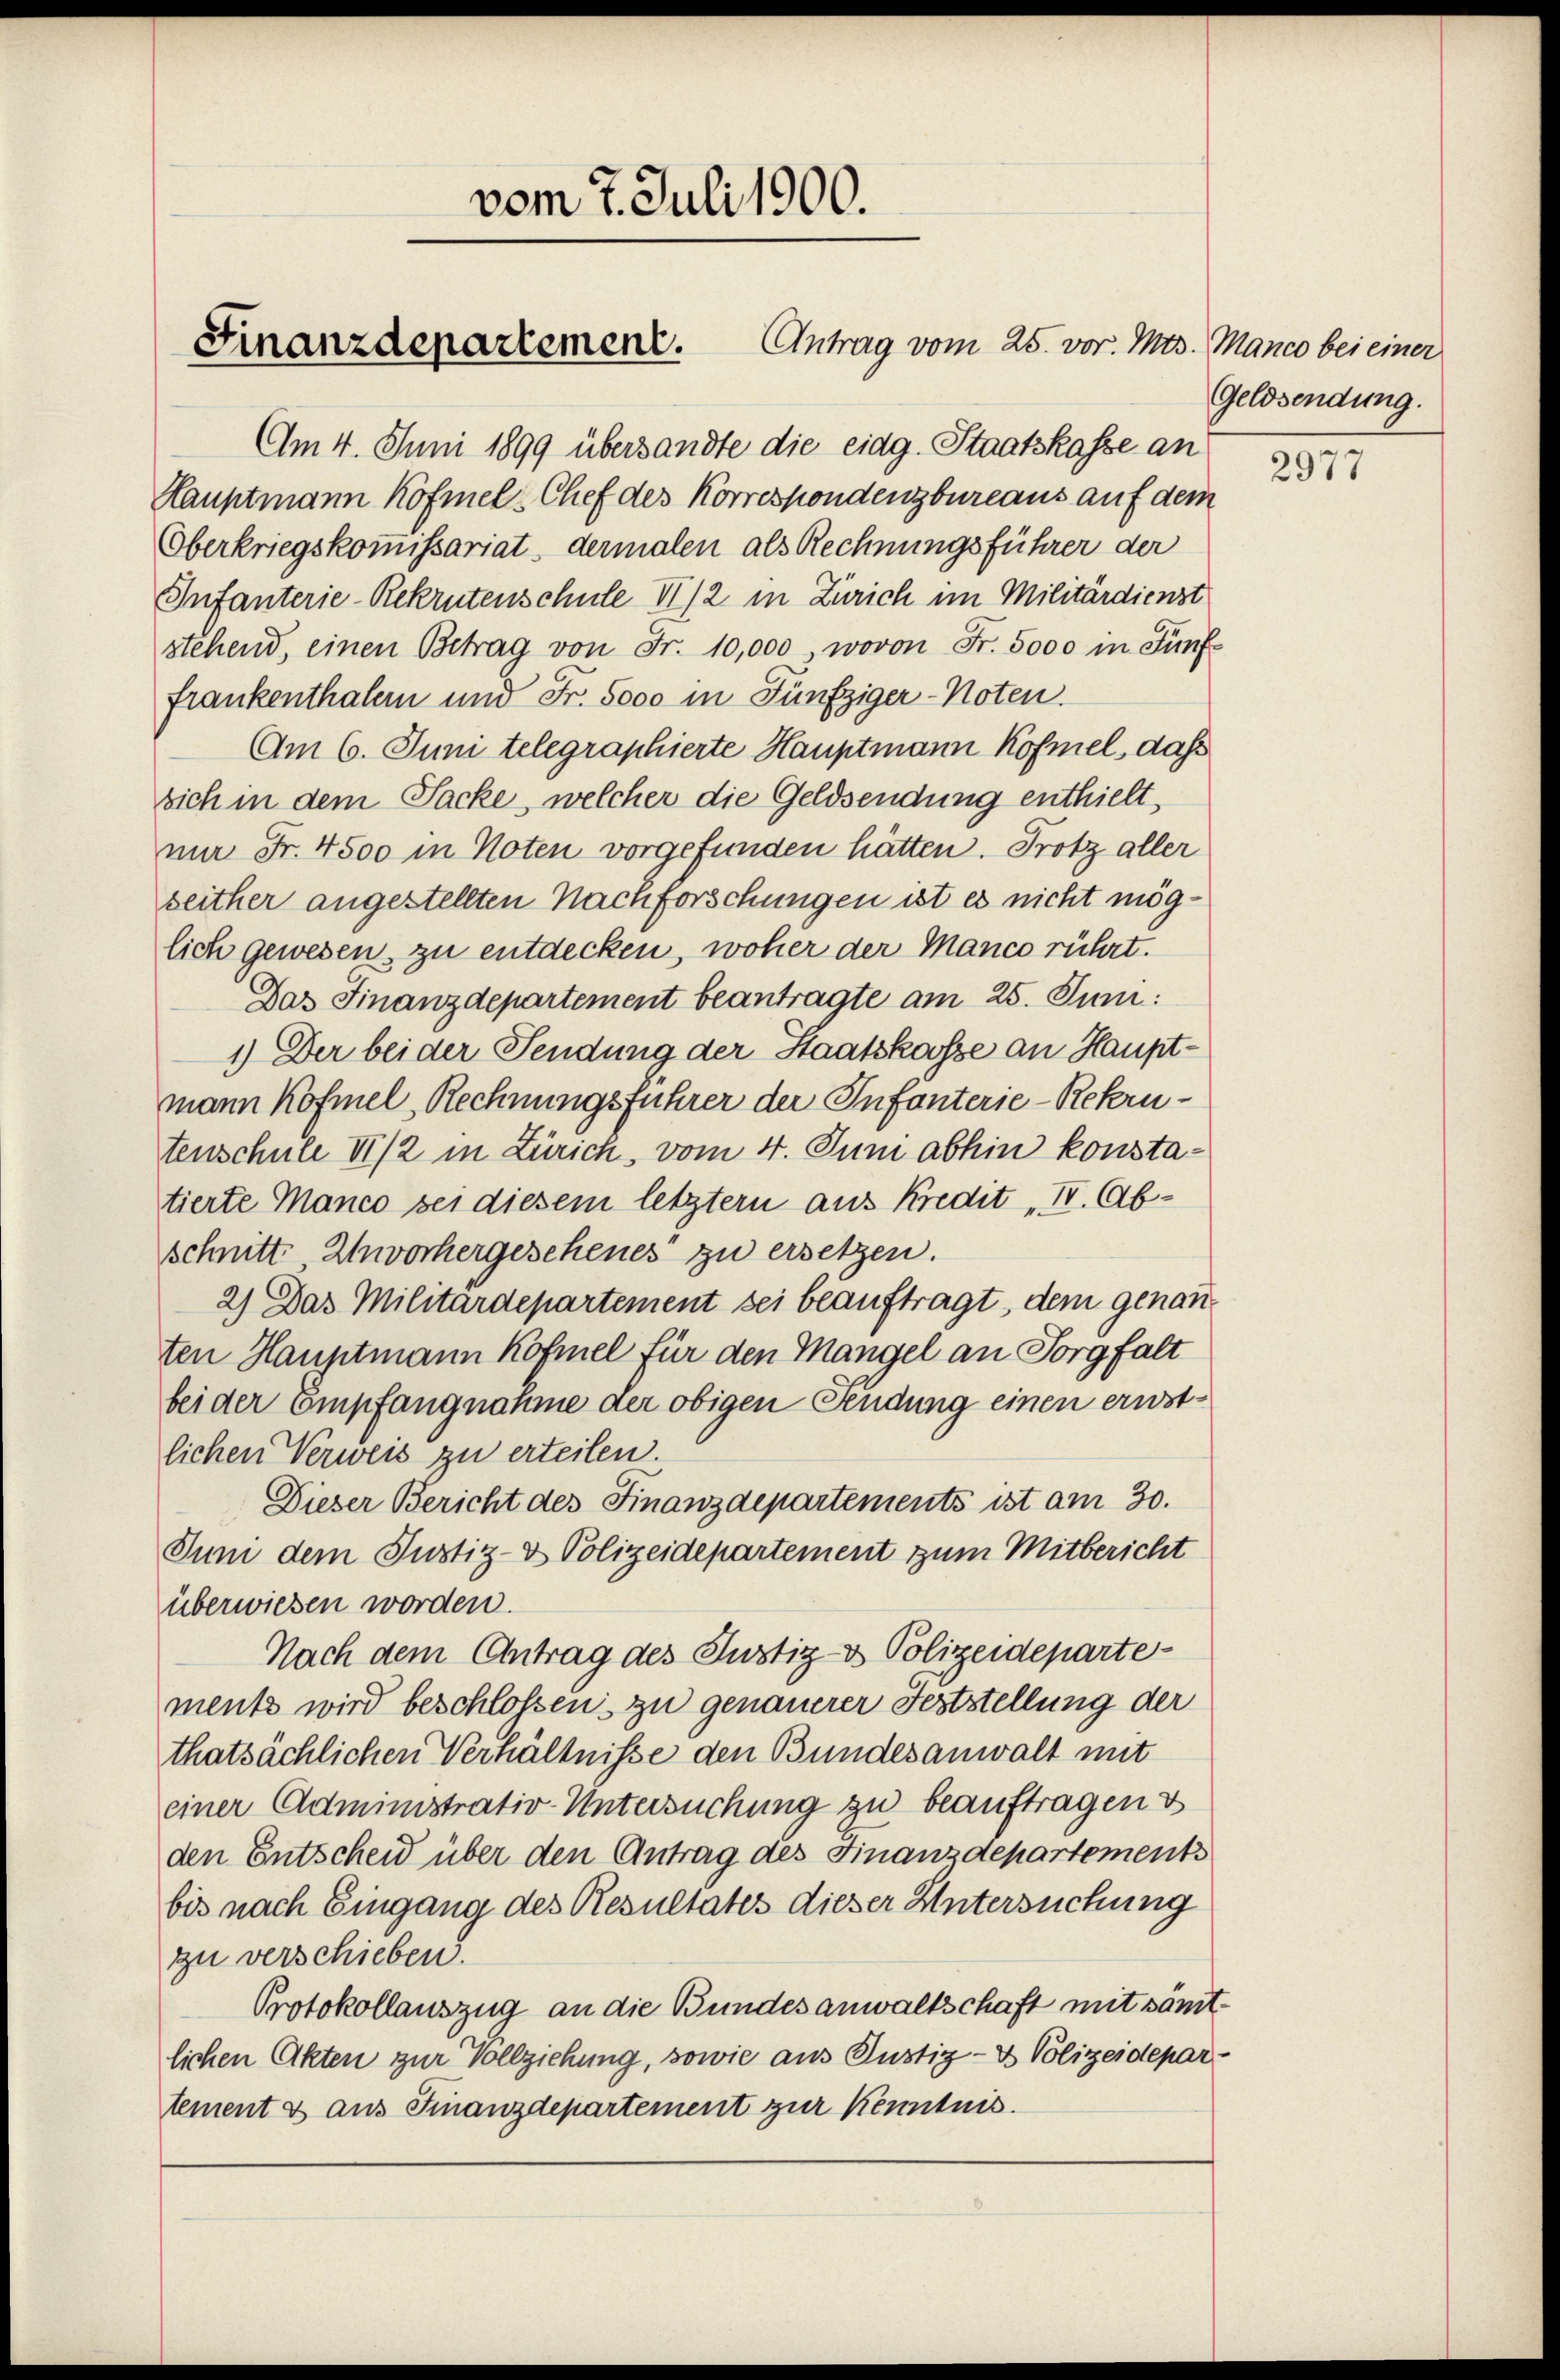
Am 4. Juni 1899 übersandte die eidg. Staatskasse an
Hauptmann Köfmel-Chef des Korrespondenzbureaus auf dem
Oberkriegskommissariat dermalen als Rechnungsführer der
Infanterie-Rekrutenschule 11/2 in Zürich im Militärdienst
stehend, einen Betrag von Fr. 10,000, wovon Fr. 5000 in Fünf-
frankenthalern und Fr. 5000 in Fünfziger-Noten.
Am 6. Juni telegraphierte Hauptmann Kofmel, daß
sich in dem Sacke, welcher die Geldsendung enthielt,
nir Fr. 4500 in Noten vorgefunden hätten. Protz aller
seither angestellten Nachforschungen ist es nicht möglich gewesen, zu entdecken, woher der Manco rührt.
Das Finanzdepartement beantragte am 25. Juni:
1.) Der bei der Sendung der Staatskasse an Hauptmann Köfmel, Rechnungsführer der Infanterie-Rekrutenschule VI/2 in Zürich, vom 4. Juni abhin konstatierte Manco sei diesem letztern aus Kredit „I. Abschnitt. Unvorhergeschenes zu ersetzen.
2) Das Militärdepartement sei beauftragt, dem genan
ten Hauptmann Kofiel für den Mangel an Sorgfalt
bei der Empfangnahme der obigen Fendung einen ernstlichen Verweis zu erteilen.
Dieser Bericht des Finanzdepartements ist am 30.
Juni dem Justiz- & Polizeidepartement zum Mitbericht
überwiesen worden.
Nach dem Antrag des Justiz- & Polizeidepartement wird beschlossen zu genauerer Feststellung der
thatsächlichen Verhältnisse den Bundesanwalt mit
einer Administrativ-Untersuchung zu beauftragen &
den Entscheid über den Antrag des Finanzdepartements
bis nach Eingang des Resultates dieser Untersuchung
zu verschieben.
Protokollauszug an die Bundesanwaltschaft mit sämtlichen Akten zur Vollziehung, sowie aus Justiz- & Polizeidepartement & aus Finanzdepartement zur Kenntnis.

vom 7. Juli 1900.

Finanzdepartement. Antrag vom 25. vor. Mts. Manco bei einer

Geldsendung.

2977